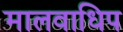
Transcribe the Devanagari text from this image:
मालवाधिप